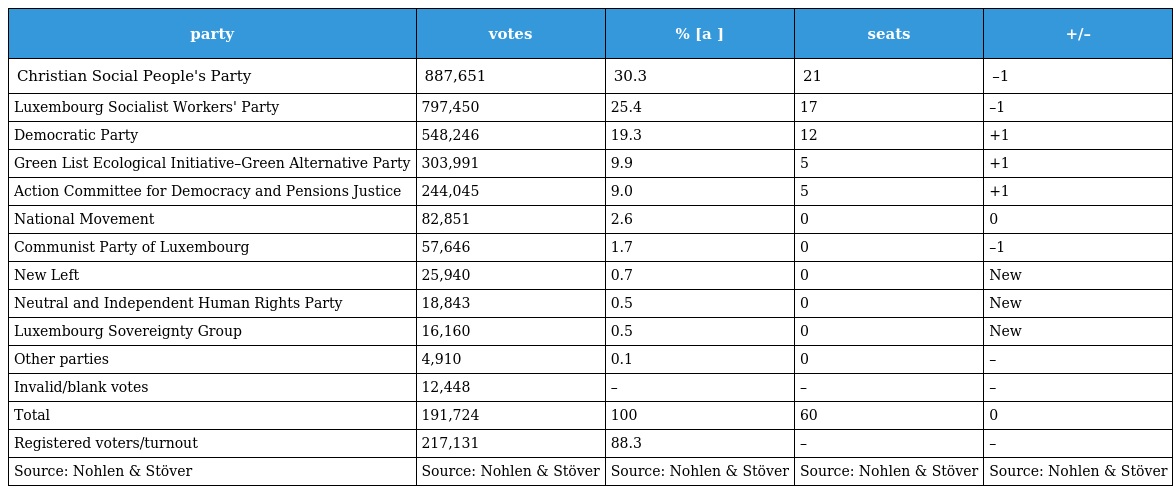
| party | votes | % [a ] | seats | +/– |
 | --- | --- | --- | --- | --- |
 | Christian Social People's Party | 887,651 | 30.3 | 21 | –1 |
 | Luxembourg Socialist Workers' Party | 797,450 | 25.4 | 17 | –1 |
 | Democratic Party | 548,246 | 19.3 | 12 | +1 |
 | Green List Ecological Initiative–Green Alternative Party | 303,991 | 9.9 | 5 | +1 |
 | Action Committee for Democracy and Pensions Justice | 244,045 | 9.0 | 5 | +1 |
 | National Movement | 82,851 | 2.6 | 0 | 0 |
 | Communist Party of Luxembourg | 57,646 | 1.7 | 0 | –1 |
 | New Left | 25,940 | 0.7 | 0 | New |
 | Neutral and Independent Human Rights Party | 18,843 | 0.5 | 0 | New |
 | Luxembourg Sovereignty Group | 16,160 | 0.5 | 0 | New |
 | Other parties | 4,910 | 0.1 | 0 | – |
 | Invalid/blank votes | 12,448 | – | – | – |
 | Total | 191,724 | 100 | 60 | 0 |
 | Registered voters/turnout | 217,131 | 88.3 | – | – |
 | Source: Nohlen & Stöver | Source: Nohlen & Stöver | Source: Nohlen & Stöver | Source: Nohlen & Stöver | Source: Nohlen & Stöver |